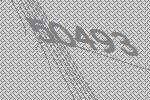
50493